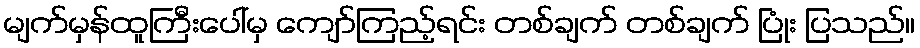
မျက်မှန်ထူကြီးပေါ်မှ ကျော်ကြည့်ရင်း တစ်ချက် တစ်ချက် ပြုံး ပြသည်။